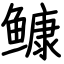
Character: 𩾌